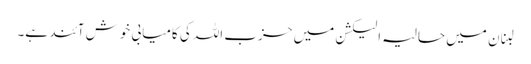
لبنان میں حالیہ الیکشن میں حزب اللہ کی کامیابی خوش آئند ہے۔